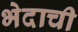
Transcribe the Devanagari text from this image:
भेदाची